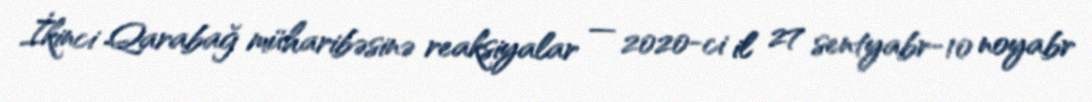
İkinci Qarabağ müharibəsinə reaksiyalar — 2020-ci il 27 sentyabr-10 noyabr